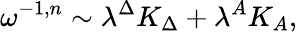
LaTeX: \omega^{-1,n}\sim\lambda^{\Delta}K_{\Delta}+\lambda^{A}K_{A},